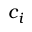
c _ { i }